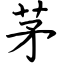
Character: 茅